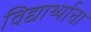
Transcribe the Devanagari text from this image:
विद्यार्थ्याचा